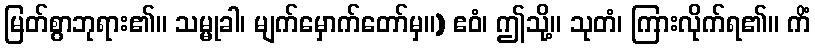
မြတ်စွာဘုရား၏။ သမ္မုခါ၊ မျက်မှောက်တော်မှ။) ဧဝံ၊ ဤသို့။ သုတံ၊ ကြားလိုက်ရ၏။ ကိံ